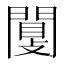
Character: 闅